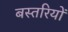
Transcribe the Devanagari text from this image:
बस्तरियों